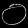
Digit: ၀